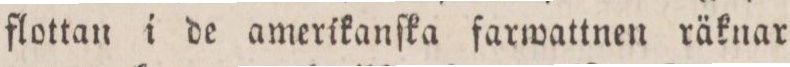
flottan i de amerikanſka farwattnen räknar